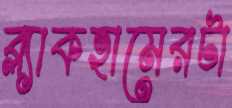
ব্ল্যাকহামেরটা